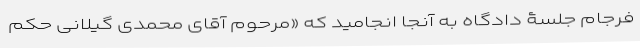
فرجام جلسۀ دادگاه به آنجا انجامید که «‌مرحوم آقای محمدی گیلانی حکم